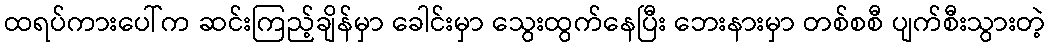
ထရပ်ကားပေါ်က ဆင်းကြည့်ချိန်မှာ ခေါင်းမှာ သွေးထွက်နေပြီး ဘေးနားမှာ တစ်စစီ ပျက်စီးသွားတဲ့